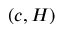
( c , H )